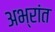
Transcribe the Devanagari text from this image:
अभ्रांत